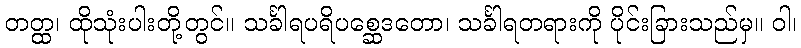
တတ္ထ၊ ထိုသုံးပါးတို့တွင်။ သင်္ခါရပရိပစ္ဆေဒတော၊ သင်္ခါရတရားကို ပိုင်းခြားသည်မှ။ ဝါ၊